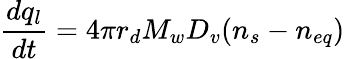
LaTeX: \frac{dq_{l}}{dt}=4\pi r_{d}M_{w}D_{v}(n_{s}-n_{eq})